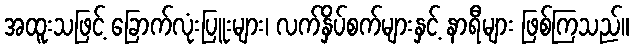
အထူးသဖြင့် ခြောက်လုံးပြူးများ၊ လက်နှိပ်စက်များနှင့် နာရီများ ဖြစ်ကြသည်။